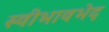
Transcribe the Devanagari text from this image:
स्वीभावभेद